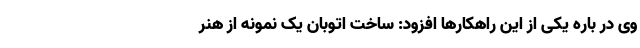
وی در باره یکی از این راهکارها افزود: ساخت اتوبان یک نمونه از هنر